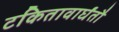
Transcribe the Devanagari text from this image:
टकितावार्घंतौ